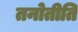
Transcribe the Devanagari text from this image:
तनोतीति